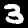
Digit: 3